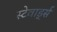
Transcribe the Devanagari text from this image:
स्टेवार्ड्स